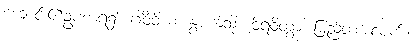
ကျောင်း၏ဥပစာရ၌။ ဂါဝိံဝိယ၊ နွားကဲ့သို့။ ဝိရဝိတွာ၊ မြည်တမ်းလျက်။